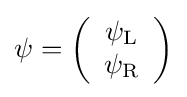
\psi =\left({\begin{array}{c}\psi _{\rm {L}}\\\psi _{\rm {R}}\end{array}}\right)